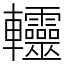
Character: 䡿